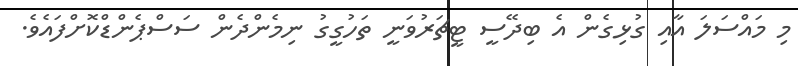
މި މައްސަލަ އާއި ގުޅިގެން އެ ބިދޭސީ ޓީޗަރުވަނީ ތަހުގީގު ނިމެންދެން ސަސްޕެންޑްކޮށްފައެވެ.